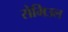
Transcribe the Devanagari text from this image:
सेमिउल